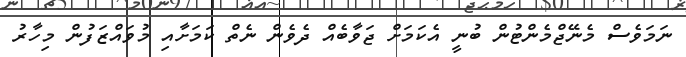
ނަމަވެސް މެނޭޖްމެންޓުން ބުނީ އެކަމަށް ޖަވާބެއް ދެވެން ނެތް ކަމަށާއި މުވައްޒަފުން މިހާރު